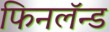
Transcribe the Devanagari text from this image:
फिनलॅन्ड